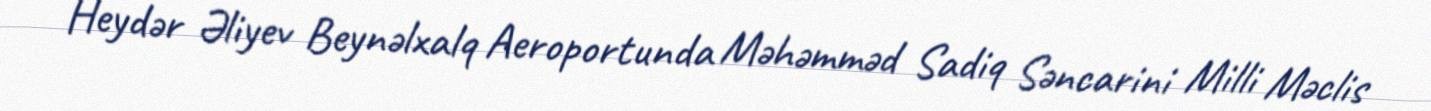
Heydər Əliyev Beynəlxalq Aeroportunda Məhəmməd Sadiq Səncarini Milli Məclis